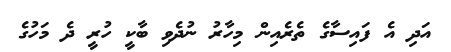
އަދި އެ ފައިސާގެ ތެރެއިން މިހާރު ނުދެވި ބާކީ ހުރީ ދެ މަހުގެ